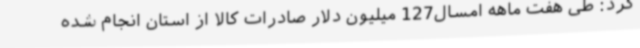
کرد: طی هفت ماهه امسال127 میلیون دلار صادرات کالا از استان انجام شده